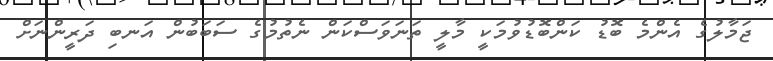
ޖަމާލުގެ އެންމެ ބޮޑު ކަންބޮޑުވުމަކީ މާލީ ތަނަވަސްކަން ނެތުމުގެ ސަބަބުން އަނބި ދަރީންނަށް